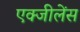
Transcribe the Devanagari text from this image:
एक्जीलेंस